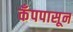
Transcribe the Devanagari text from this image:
कँपपासून